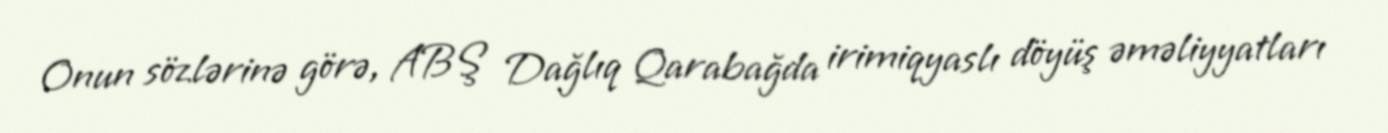
Onun sözlərinə görə, ABŞ Dağlıq Qarabağda irimiqyaslı döyüş əməliyyatları